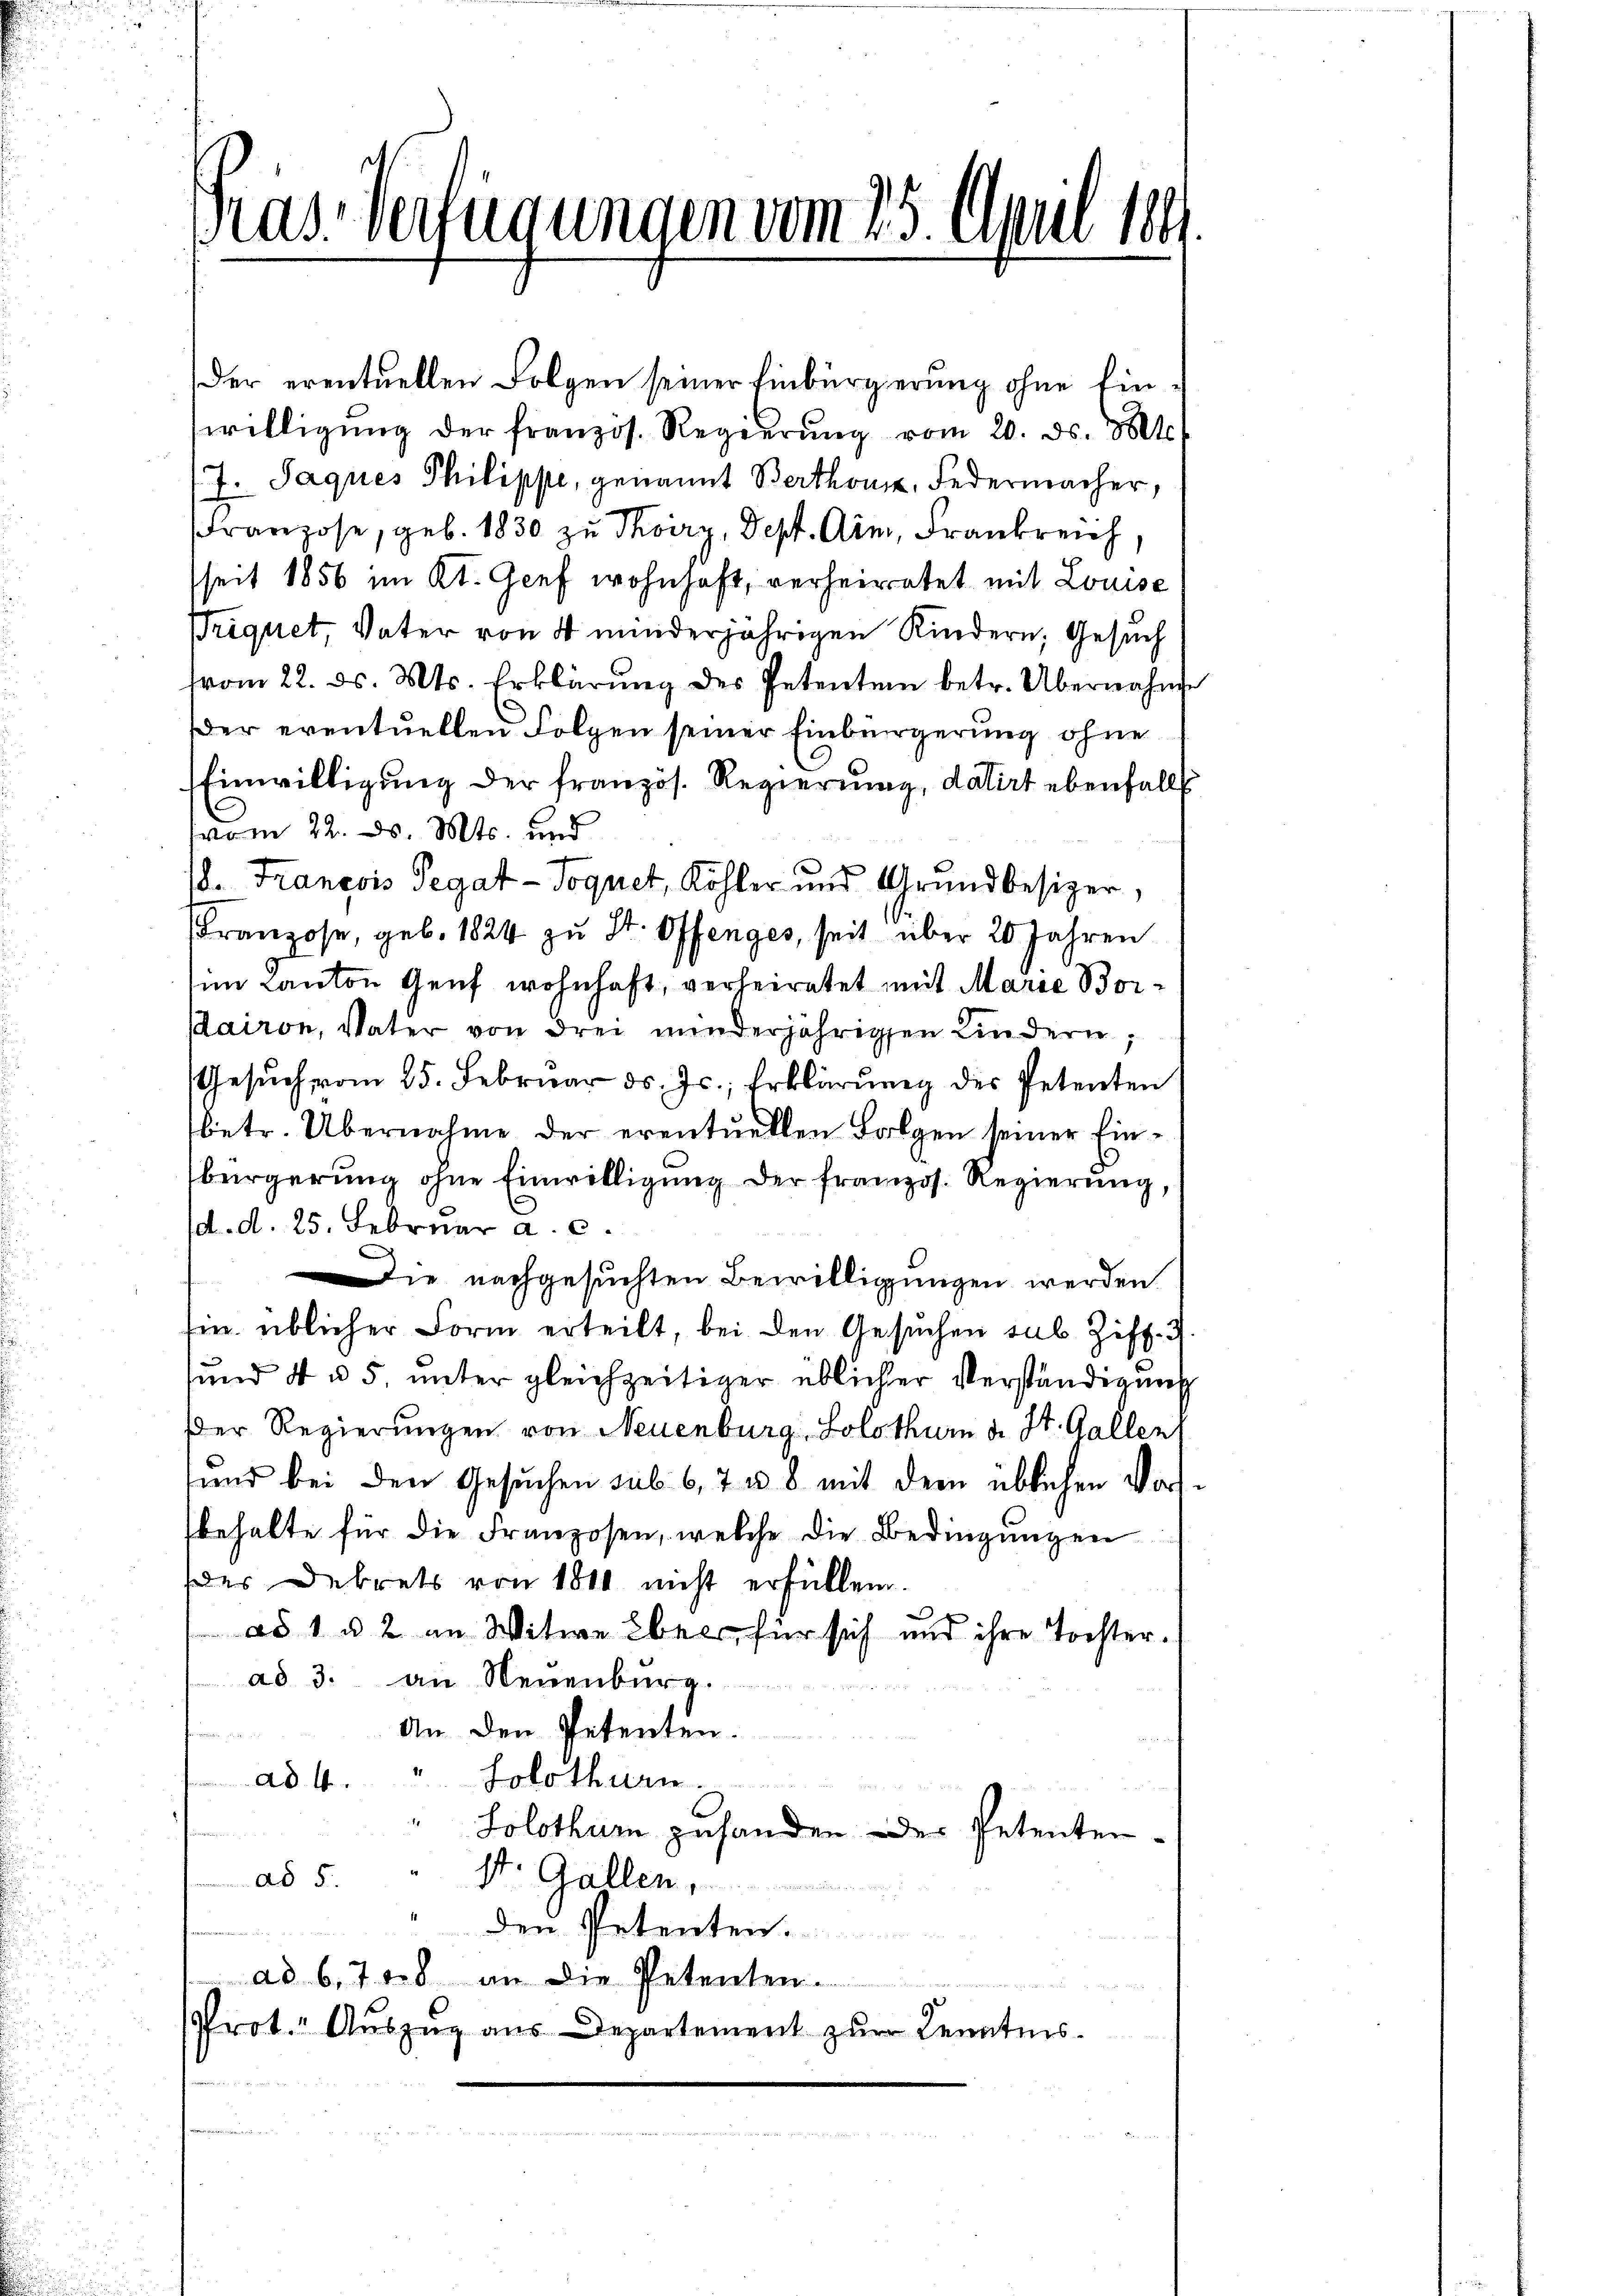
Gras Verfügungen vom 25. April 18

Der eventuellen Folgen seiner Einbürgerung ohne Einwilligŭng der französ. Regierŭng vom 20. ds. 8t.
/7. Jaques Philippe, genannt Berthousz, Federmacher,
Franzose, geb. 1830 zu Thoirz, Dept. Arm, Frankreich,
seit 1856 im Kt. Genf wohnhaft, verheiratet mit Louise
Triquet, Vater von 4 minderjährigen Kindern, Gesuch
(vom 22. ds. Mts. Erklärung des Petentem betr. Übernahme
der eventuellen Folgen seiner Einbürgerung ohne
Einwilligung der französ. Regierung, datirt ebenfalls
vom 22. d. Mts. und
s
. François Pegat-Toquet, Köhler und Grundbesizer,
Franzose, geb. 1824 zu St. Offenges, seit über 20 Jahren
im Canton Genf wohnhaft, verheiratet mit Marie Borairon, Vater von drei minderjährigen Kindern,
Gesŭch vom 25. Februar d. Js., Erklärŭng des Petenten
betr. Übernahme der eventuellen Folgen seiner Einbürgerung ohne Einwilligung der französ. Regierung,
d. d. 25. Februar a. c.
Die nachgesuchten Bewilligungen werden.
in üblicher Form erteilt, bei den Gesuchen sub Ziff. 3
und 4 u. 5, unter gleichzeitiger üblicher Verständigung
Der Regierungen von Neuenburg, Solothurn d. St. Gallen
und bei den Gesŭchen sub 6, 7 u. 8 mit dem üblichen Vor-
behalte für die Franzosen, welche die Bedingungen
der Dekrets von 1810 nicht erfüllen.
ad 1 u. 2 an Witwe Ebens, für sich und ihre Tochterad 3. an Neuenburg.
An den Petenten.

ad 4. " Solothurn.
"Lolothur zuhanden der Petentenad 5. " St. Gallen,

den Petenten.
ad 6,708 an die Petenten.
Prot." Aŭszŭg aŭs Departement zur Kenntnis.
e